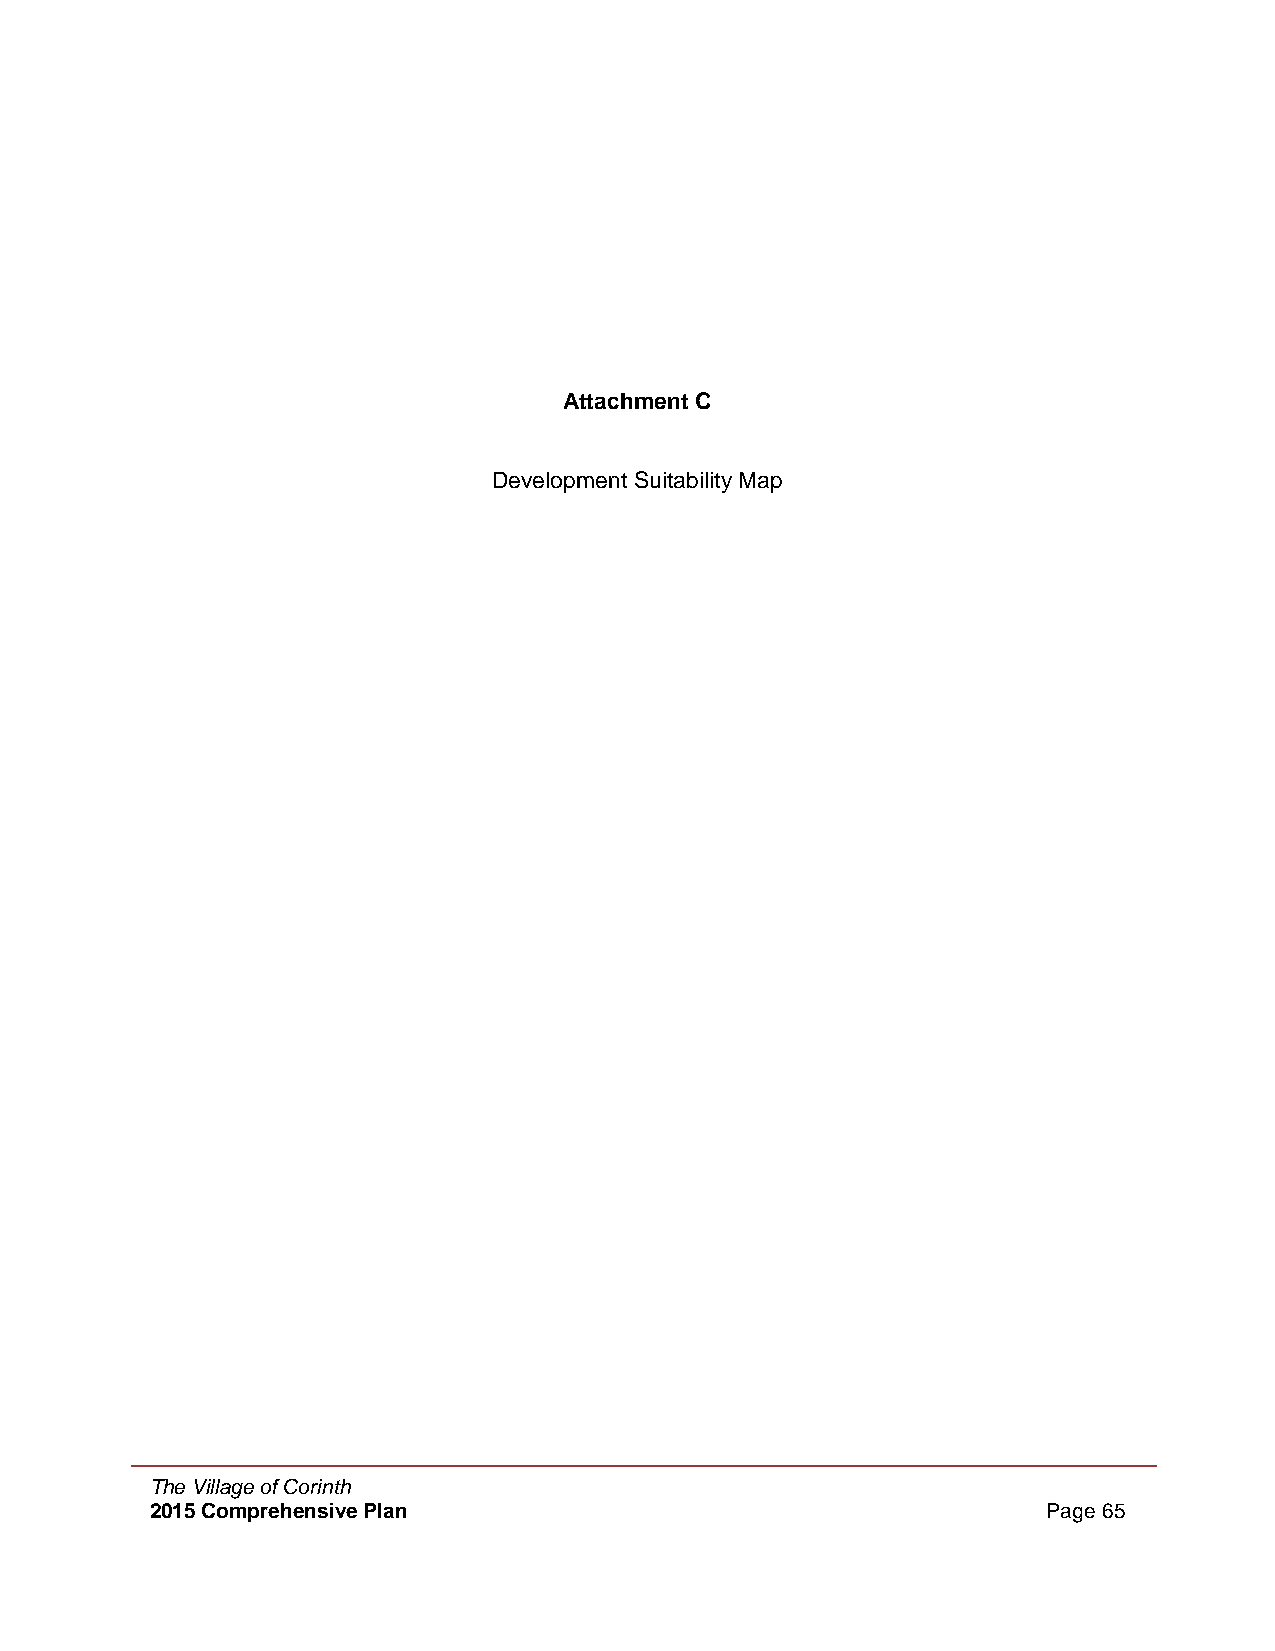
Attachment C
 Development Suitability Map
 The Village of Corinth
 2015 Comprehensive Plan                                    Page 65